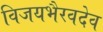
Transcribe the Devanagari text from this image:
विजयभैरवदेव